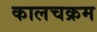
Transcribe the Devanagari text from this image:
कालचक्रम